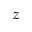
z